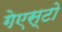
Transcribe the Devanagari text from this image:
गेएस्टो